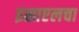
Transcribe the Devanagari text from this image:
इस्राएलचा